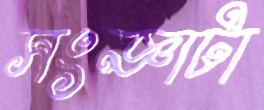
সংজ্ঞাটা